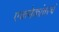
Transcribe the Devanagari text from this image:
एकमेकांवरचं